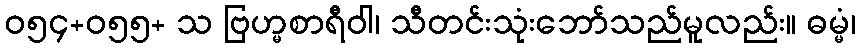
ဝ၅၄+၀၅၅+ သ ဗြဟ္မစာရီဝါ၊ သီတင်းသုံးဘော်သည်မူလည်း။ ဓမ္မံ၊